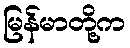
မြန်မာတို့က